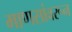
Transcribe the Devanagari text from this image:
माणसांवरून